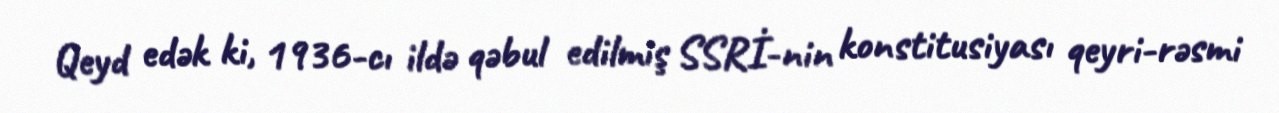
Qeyd edək ki, 1936-cı ildə qəbul edilmiş SSRİ-nin konstitusiyası qeyri-rəsmi